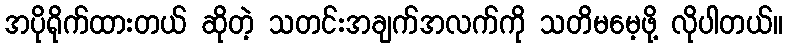
အပိုရိုက်ထားတယ် ဆိုတဲ့ သတင်းအချက်အလက်ကို သတိမမေ့ဖို့ လိုပါတယ်။